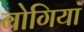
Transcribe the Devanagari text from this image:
बोगियां